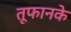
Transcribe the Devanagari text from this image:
तूफानके